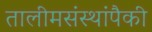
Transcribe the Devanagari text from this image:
तालीमसंस्थांपैकी